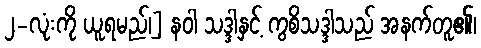
၂-လုံးကို ယူရမည်၊] နဝါ သဒ္ဒါနှင့် ကွစိသဒ္ဒါသည် အနက်တူ၏၊